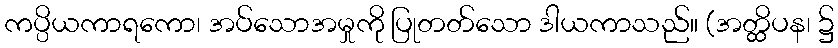
ကပ္ပိယကာရကော၊ အပ်သောအမှုကို ပြုတတ်သော ဒါယကာသည်။ (အတ္ထိပန၊ ၌